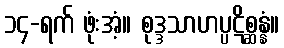
၁၄-ရက် ဖုံးအံ့။ စုဒ္ဒသာဟပ္ပဋိစ္ဆန္နံ။